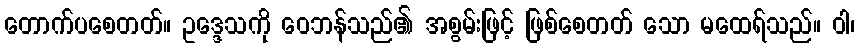
တောက်ပစေတတ်။ ဥဒ္ဒေသကို ဝေဘန်သည်၏ အစွမ်းဖြင့် ဖြစ်စေတတ် သော မထေရ်သည်။ ဝါ၊